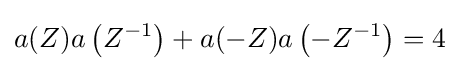
a(Z)a\left(Z^{-1}\right)+a(-Z)a\left(-Z^{-1}\right)=4